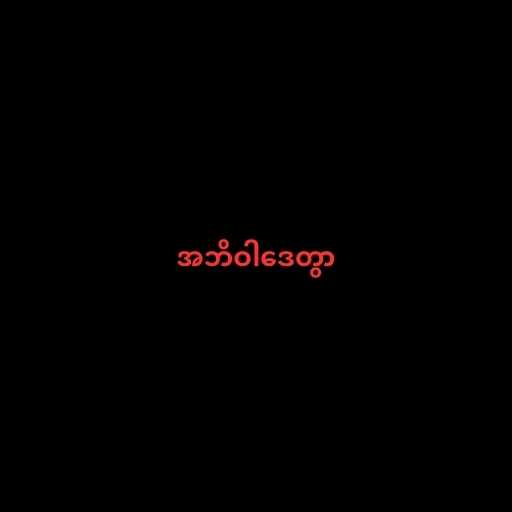
အဘိဝါဒေတွာ